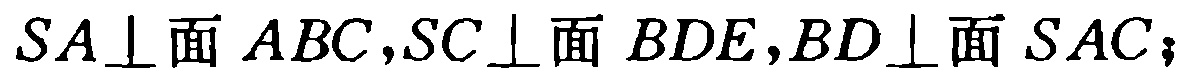
$SA\perp 面ABC,SC\perp 面BDE,BD\perp 面SAC;$